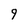
Character: 9